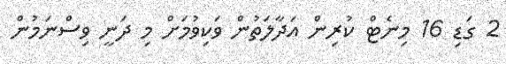
2 ގަޑި 16 މިނެޓް ކުރިން އަދާލަތުން ވަކިވުމަށް މި ދަނީ ވިސްނަމުން